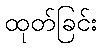
ထုတ်ခြင်း